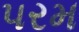
૫રમ